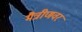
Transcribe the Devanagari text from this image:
मैत्रीणवर